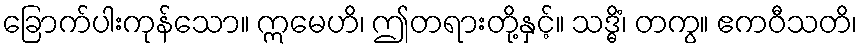
ခြောက်ပါးကုန်သော။ ဣမေဟိ၊ ဤတရားတို့နှင့်။ သဒ္ဓိံ၊ တကွ။ ဧကဝီသတိ၊